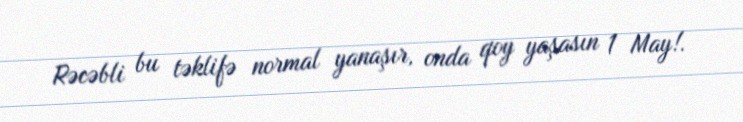
Rəcəbli bu təklifə normal yanaşır, onda qoy yaşasın 1 May!.